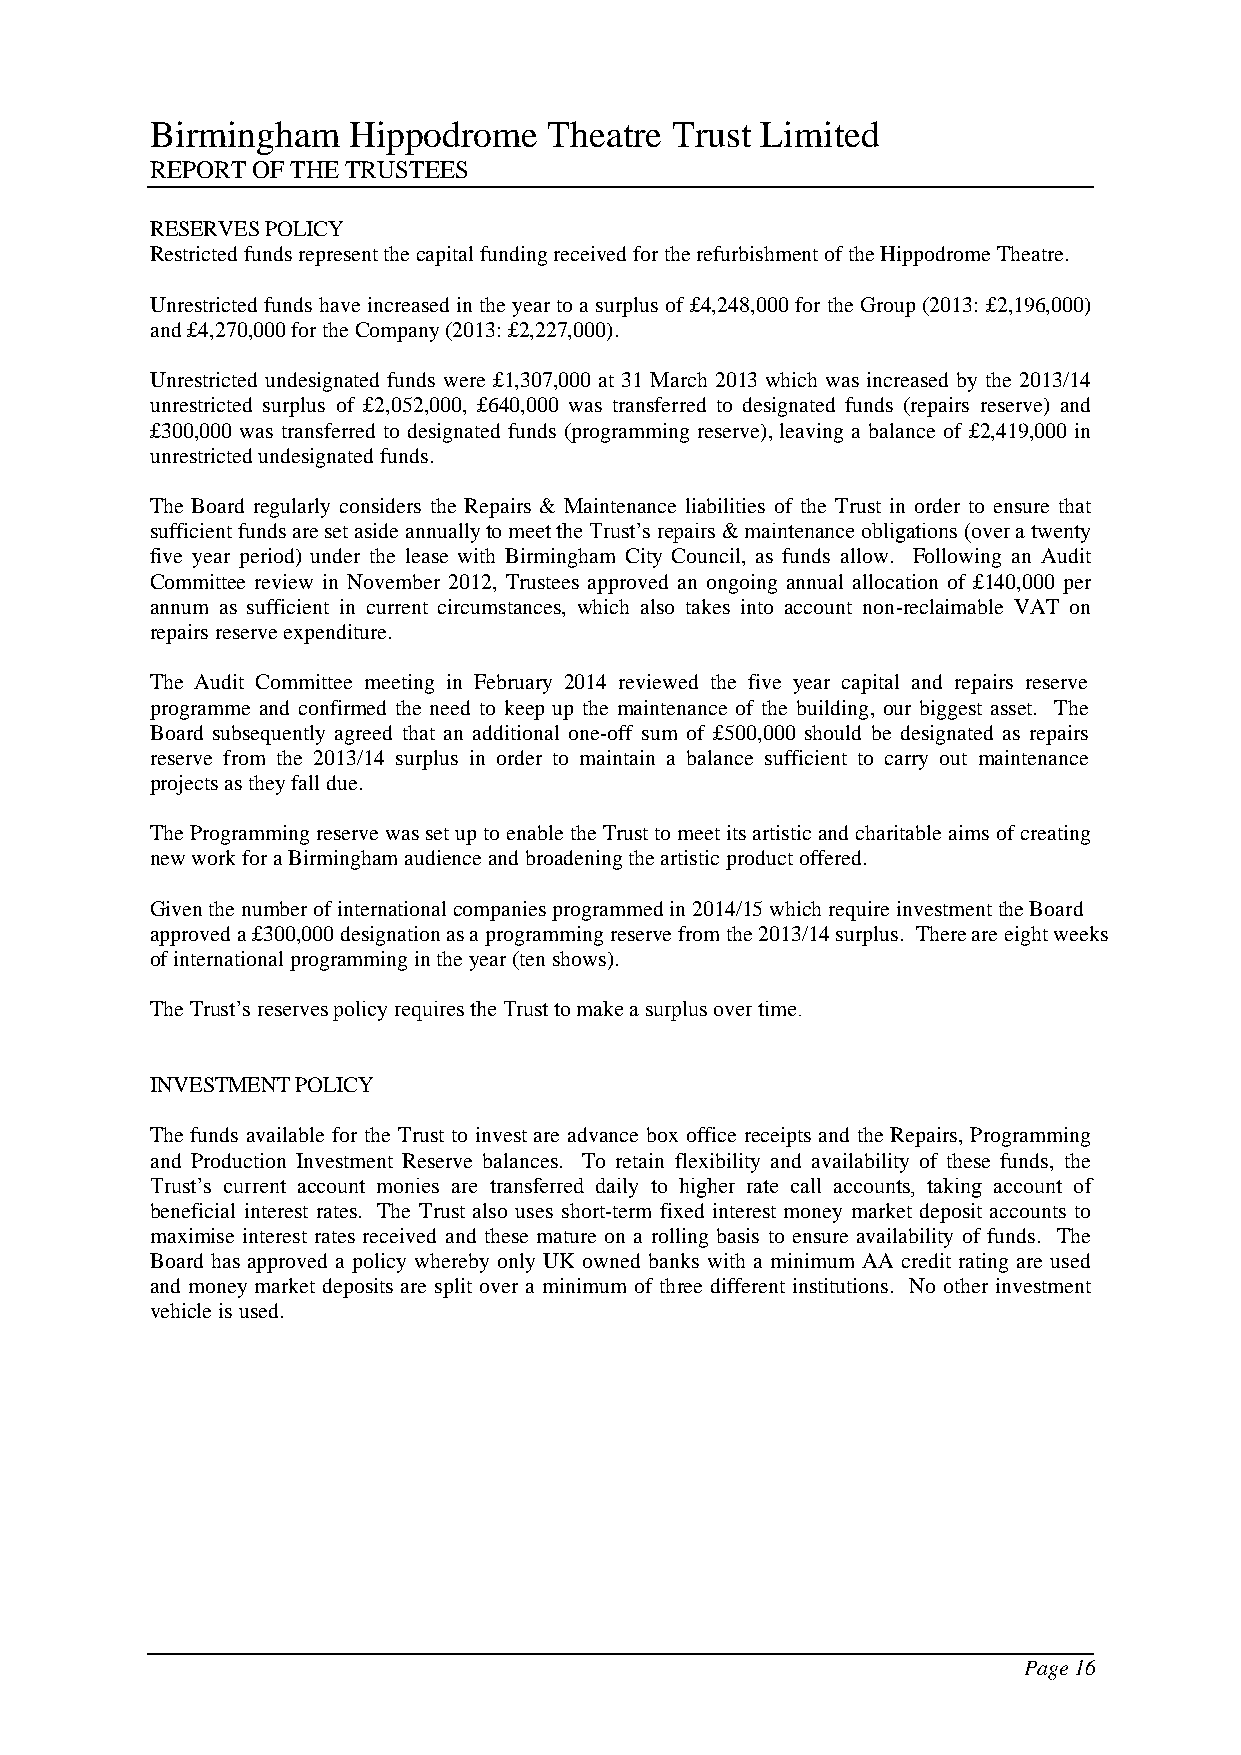
Birmingham   Hippodrome   Theatre Trust Limited
 REPORT OF THE TRUSTEES
 RESERVES POLICY
 Restricted funds represent the capital funding received for the refurbishment of the Hippodrome Theatre.
 Unrestricted funds have increased in the year to a surplus of £4,248,000 for the Group (2013: £2,196,000)
 and £4,270,000 for the Company (2013: £2,227,000).
 Unrestricted undesignated funds were £1,307,000 at 31 March 2013 which was increased by the 2013/14
 unrestricted surplus of £2,052,000, £640,000 was transferred to designated funds (repairs reserve) and
 £300,000 was transferred to designated funds (programming reserve), leaving a balance of £2,419,000 in
 unrestricted undesignated funds.
 The Board regularly considers the Repairs & Maintenance liabilities of the Trust in order to ensure that
 sufficient funds are set aside annually to meet the Trust’s repairs & maintenance obligations (over a twenty
 five year period) under the lease with Birmingham City Council, as funds allow. Following an Audit
 Committee review in November 2012, Trustees approved an ongoing annual allocation of £140,000 per
 annum as sufficient in current circumstances, which also takes into account non-reclaimable VAT on
 repairs reserve expenditure.
 The Audit Committee meeting in February 2014 reviewed the five year capital and repairs reserve
 programme and confirmed the need to keep up the maintenance of the building, our biggest asset. The
 Board subsequently agreed that an additional one-off sum of £500,000 should be designated as repairs
 reserve from the 2013/14 surplus in order to maintain a balance sufficient to carry out maintenance
 projects as they fall due.
 The Programming reserve was set up to enable the Trust to meet its artistic and charitable aims of creating
 new work for a Birmingham audience and broadening the artistic product offered.
 Given the number of international companies programmed in 2014/15 which require investment the Board
 approved a £300,000 designation as a programming reserve from the 2013/14 surplus. There are eight weeks
 of international programming in the year (ten shows).
 The Trust’s reserves policy requires the Trust to make a surplus over time.
 INVESTMENT POLICY
 The funds available for the Trust to invest are advance box office receipts and the Repairs, Programming
 and Production Investment Reserve balances. To retain flexibility and availability of these funds, the
 Trust’s current account monies are transferred daily to higher rate call accounts, taking account of
 beneficial interest rates. The Trust also uses short-term fixed interest money market deposit accounts to
 maximise interest rates received and these mature on a rolling basis to ensure availability of funds. The
 Board has approved a policy whereby only UK owned banks with a minimum AA credit rating are used
 and money market deposits are split over a minimum of three different institutions. No other investment
 vehicle is used.
 Page 16